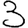
Digit: 3